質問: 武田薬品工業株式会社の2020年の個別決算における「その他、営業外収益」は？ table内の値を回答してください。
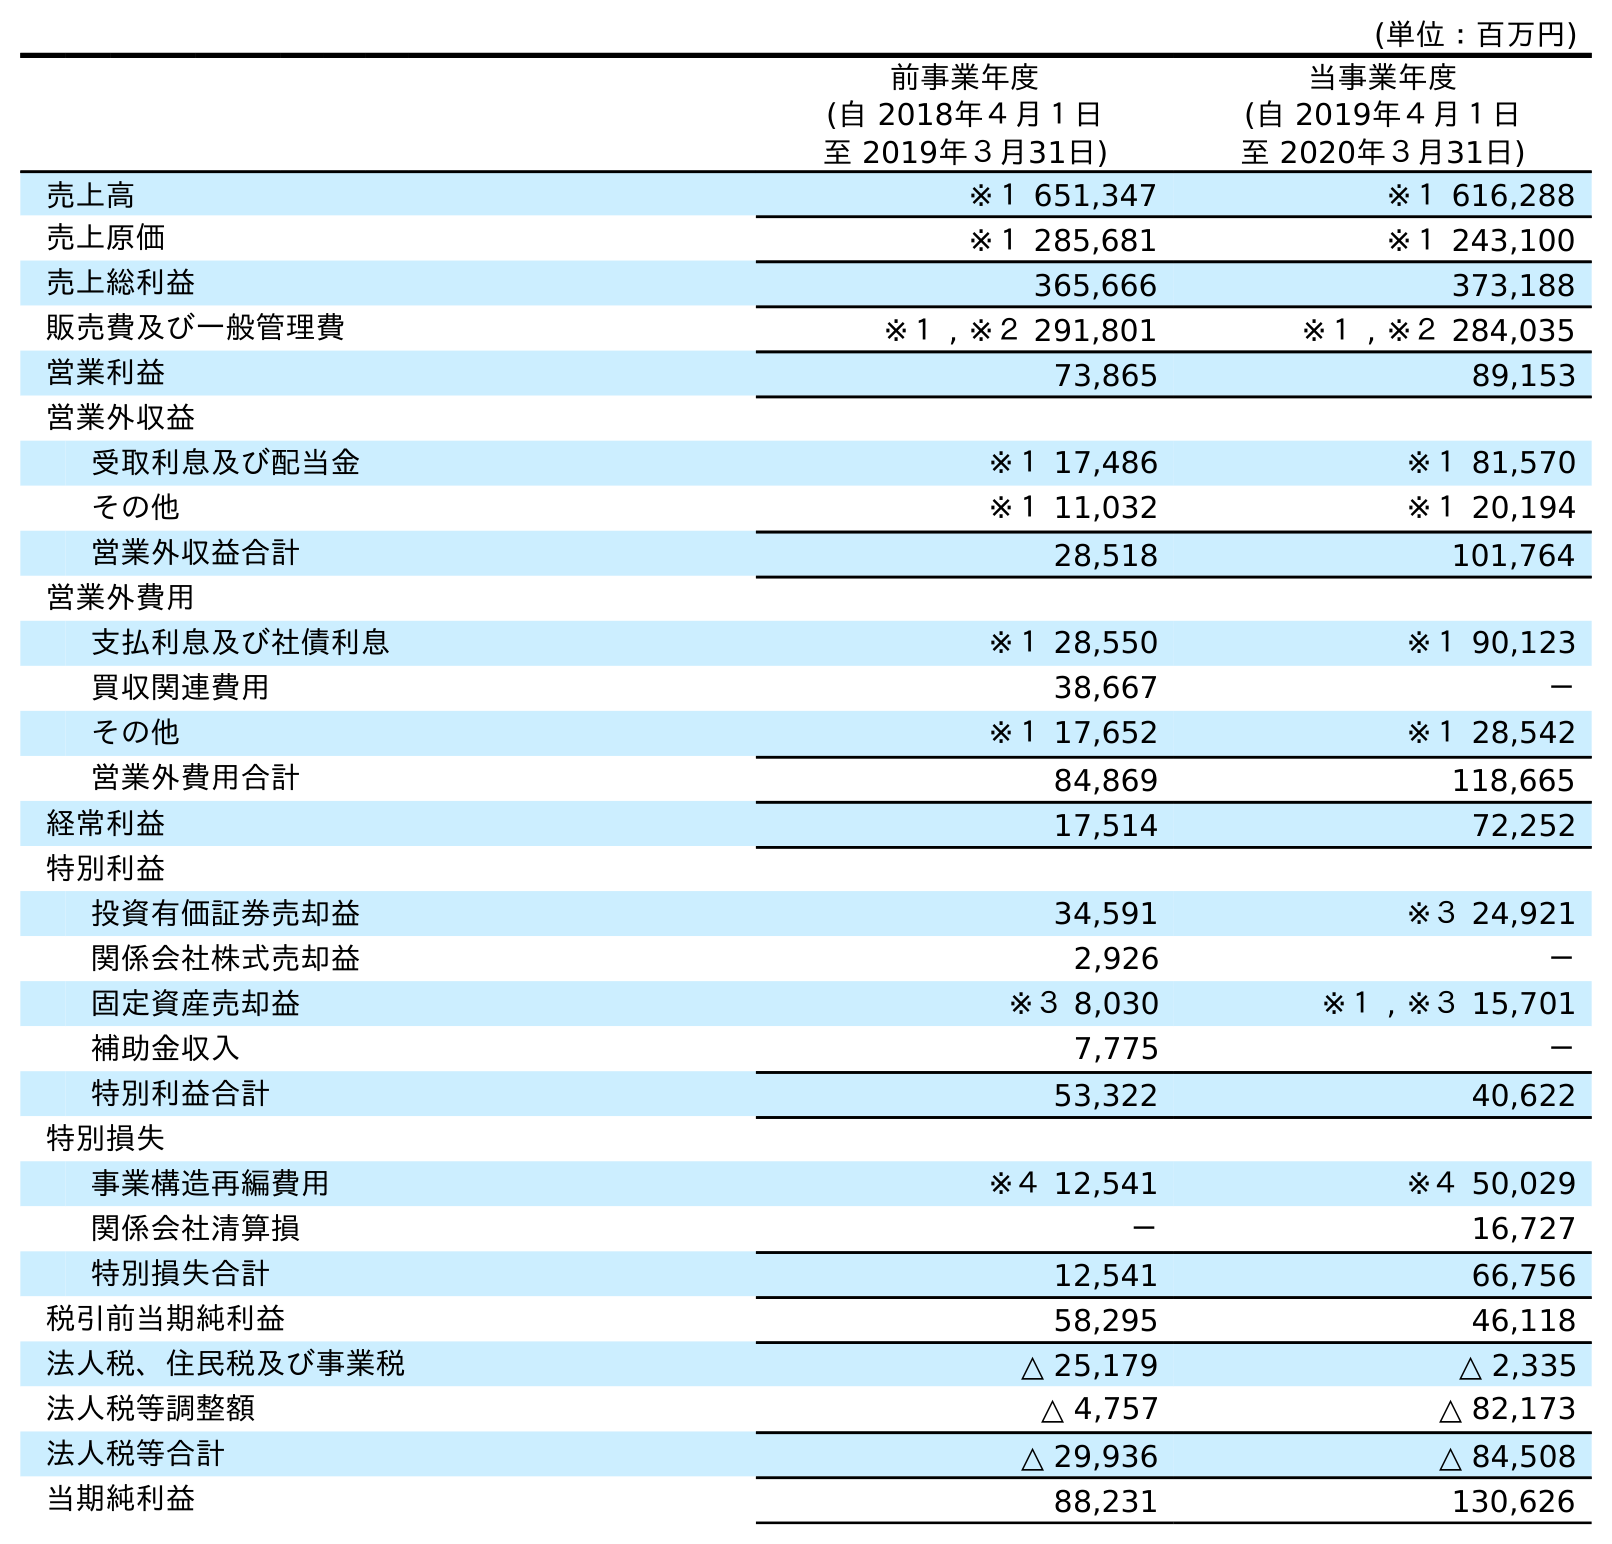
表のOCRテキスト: (単位：百万円) 前事業年度 (自 2018年４月１日 至 2019年３月31日) 当事業年度 (自 2019年４月１日 至 2020年３月31日) 売上高 ※１ 651,347 ※１ 616,288 売上原価 ※１ 285,681 ※１ 243,100 売上総利益 365,666 373,188 販売費及び一般管理費 ※１ , ※２ 291,801 ※１ , ※２ 284,035 営業利益 73,865 89,153 営業外収益 受取利息及び配当金 ※１ 17,486 ※１ 81,570 その他 ※１ 11,032 ※１ 20,194 営業外収益合計 28,518 101,764 営業外費用 支払利息及び社債利息 ※１ 28,550 ※１ 90,123 買収関連費用 38,667 － その他 ※１ 17,652 ※１ 28,542 営業外費用合計 84,869 118,665 経常利益 17,514 72,252 特別利益 投資有価証券売却益 34,591 ※３ 24,921 関係会社株式売却益 2,926 － 固定資産売却益 ※３ 8,030 ※１ , ※３ 15,701 補助金収入 7,775 － 特別利益合計 53,322 40,622 特別損失 事業構造再編費用 ※４ 12,541 ※４ 50,029 関係会社清算損 － 16,727 特別損失合計 12,541 66,756 税引前当期純利益 58,295 46,118 法人税、住民税及び事業税 △ 25,179 △ 2,335 法人税等調整額 △ 4,757 △ 82,173 法人税等合計 △ 29,936 △ 84,508 当期純利益 88,231 130,626
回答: ※１20,194